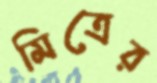
মিত্রের